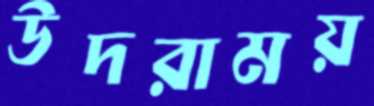
উদরাময়